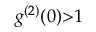
g ^ { ( 2 ) } ( 0 ) { > } 1